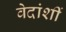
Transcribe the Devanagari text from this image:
वेदांशीं